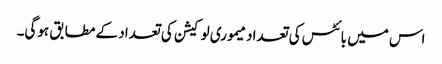
اس میں بائٹس کی تعداد میموری لوکیشن کی تعداد کے مطابق ہوگی۔